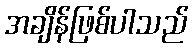
အချိန်ဖြစ်ပါသည်